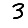
Digit: 3